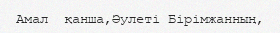
Амал  қанша,Әулеті Бірімжанның,